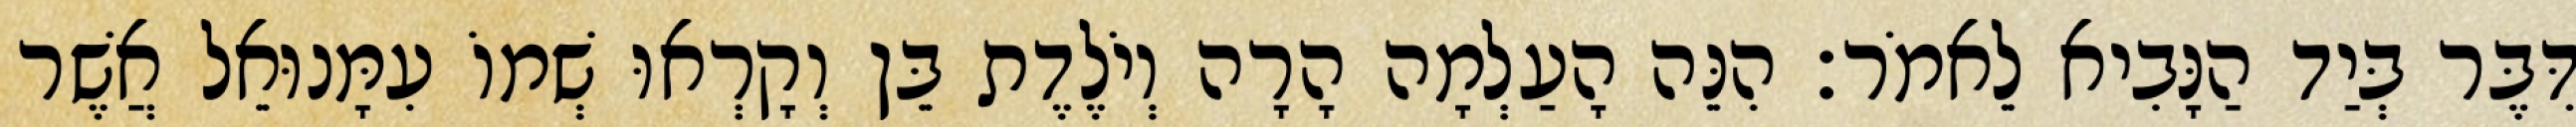
דִּבֶּר בְּיַד הַנָּבִיא לֵאמֹר׃ הִנֵּה הָעַלְמָה הָרָה וְיֹלֶדֶת בֵּן וְקָרְאוּ שְׁמוֹ עִמָּנוּאֵל אֲשֶׁר